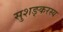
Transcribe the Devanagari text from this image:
सुशङ्करस्य